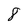
Character: 8